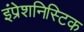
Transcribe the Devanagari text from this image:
इंप्रेशनिस्टिक